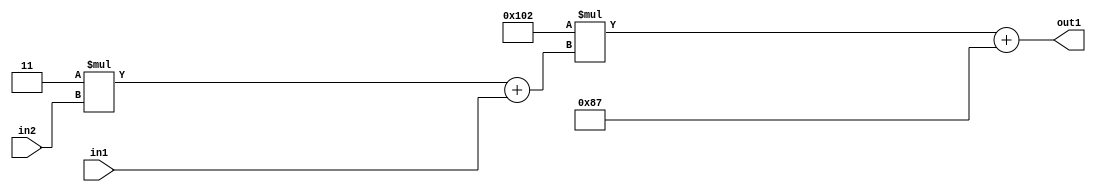
`timescale 1ps / 1ps
/*****************************************************************************
    Verilog RTL Description
    
    
    Created by: Stratus DpOpt 2019.1.01 
*******************************************************************************/

module DC_Filter_Add2i135Mul2i258Add2u1Mul2i3u2_4 (
	in2,
	in1,
	out1
	); /* architecture "behavioural" */ 
input [1:0] in2;
input  in1;
output [11:0] out1;
wire [11:0] asc001;
wire [3:0] asc002;

wire [3:0] asc002_tmp_0;
assign asc002_tmp_0 = 
	+(4'B0011 * in2);
assign asc002 = asc002_tmp_0
	+(in1);

wire [11:0] asc001_tmp_1;
assign asc001_tmp_1 = 
	+(12'B000100000010 * asc002);
assign asc001 = asc001_tmp_1
	+(12'B000010000111);

assign out1 = asc001;
endmodule

/* CADENCE  v7X3SAk= : u9/ySgnWtBlWxVPRXgAZ4Og= ** DO NOT EDIT THIS LINE ******/